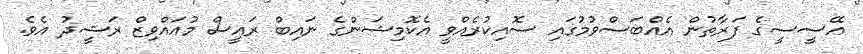
އޭސީސީގެ ފަރާތުން އެއްބަސްވުމުގައި ސޮއިކުރެއްވީ އެކޮމިޝަންގެ ނައިބް ރައީސް މުއައްވިޒް ރަޝީދު އެވެ.